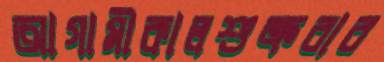
আগামীকালশুক্রবার